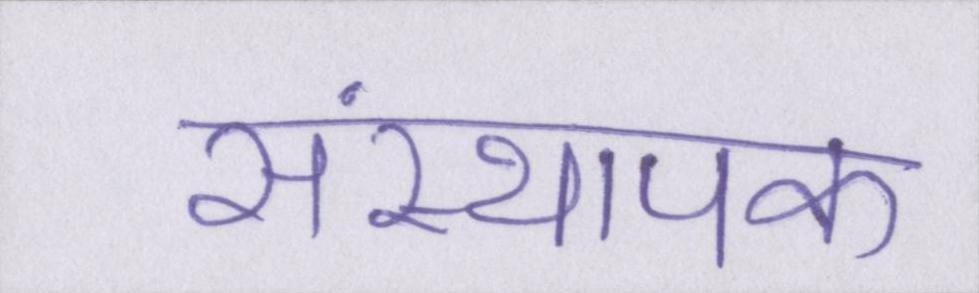
संस्थापक